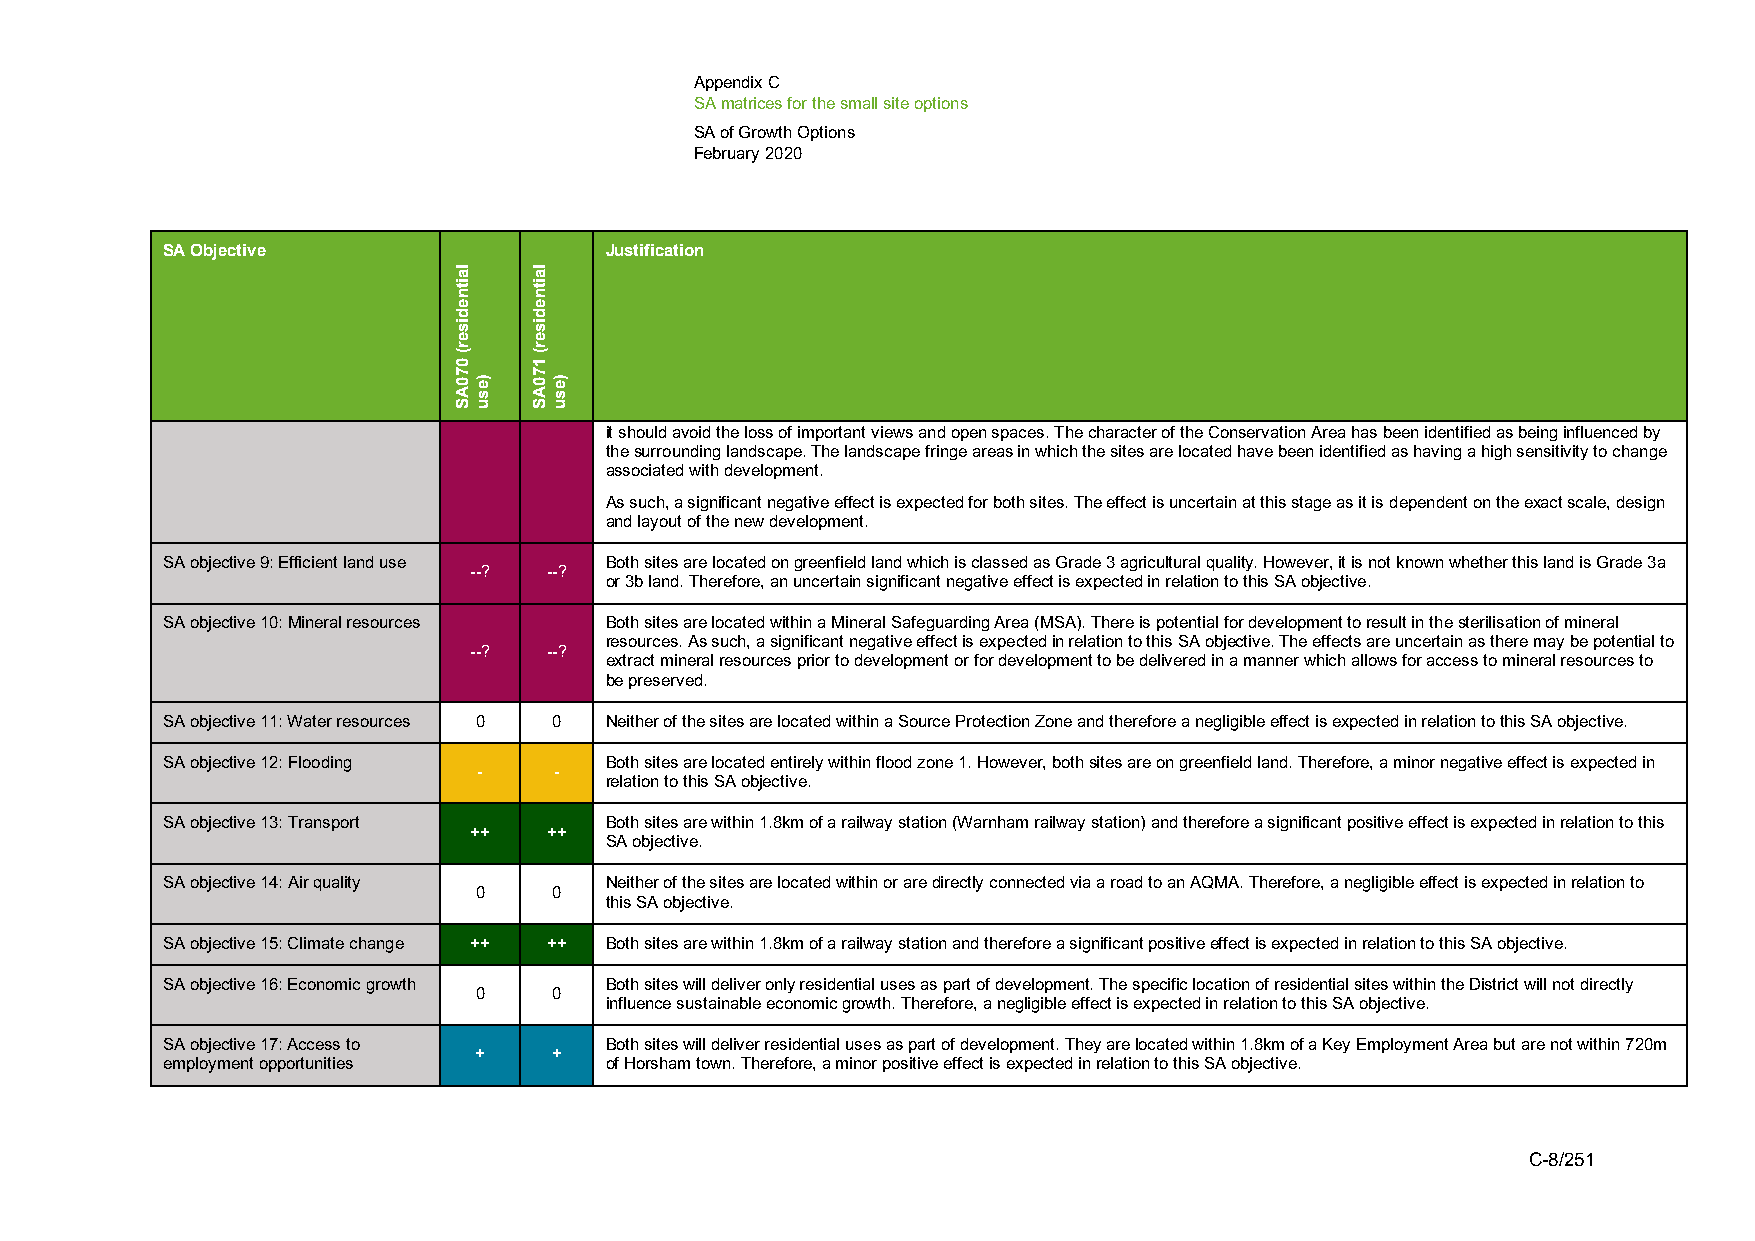
Appendix C
 SA matrices for the small site options
 SA of Growth Options
 February 2020
 SA Objective                 Justification
 it should avoid the loss of important views and open spaces. The character of the Conservation Area has been identified as being influenced by
 the surrounding landscape. The landscape fringe areas in which the sites are located have been identified as having a high sensitivity to change
 associated with development.
 As such, a significant negative effect is expected for both sites. The effect is uncertain at this stage as it is dependent on the exact scale, design
 and layout of the new development.
 SA objective 9: Efficient land use Both sites are located on greenfield land which is classed as Grade 3 agricultural quality. However, it is not known whether this land is Grade 3a
 --?  --?
 or 3b land. Therefore, an uncertain significant negative effect is expected in relation to this SA objective.
 SA objective 10: Mineral resources Both sites are located within a Mineral Safeguarding Area (MSA). There is potential for development to result in the sterilisation of mineral
 resources. As such, a significant negative effect is expected in relation to this SA objective. The effects are uncertain as there may be potential to
 --?  --?
 extract mineral resources prior to development or for development to be delivered in a manner which allows for access to mineral resources to
 be preserved.
 SA objective 11: Water resources 0 0 Neither of the sites are located within a Source Protection Zone and therefore a negligible effect is expected in relation to this SA objective.
 SA objective 12: Flooding    Both sites are located entirely within flood zone 1. However, both sites are on greenfield land. Therefore, a minor negative effect is expected in
 -    -
 relation to this SA objective.
 SA objective 13: Transport   Both sites are within 1.8km of a railway station (Warnham railway station) and therefore a significant positive effect is expected in relation to this
 ++   ++
 SA objective.
 SA objective 14: Air quality Neither of the sites are located within or are directly connected via a road to an AQMA. Therefore, a negligible effect is expected in relation to
 0     0
 this SA objective.
 SA objective 15: Climate change ++ ++ Both sites are within 1.8km of a railway station and therefore a significant positive effect is expected in relation to this SA objective.
 SA objective 16: Economic growth Both sites will deliver only residential uses as part of development. The specific location of residential sites within the District will not directly
 0     0
 influence sustainable economic growth. Therefore, a negligible effect is expected in relation to this SA objective.
 SA objective 17: Access to   Both sites will deliver residential uses as part of development. They are located within 1.8km of a Key Employment Area but are not within 720m
 +     +
 employment opportunities     of Horsham town. Therefore, a minor positive effect is expected in relation to this SA objective.
 C-8/251
 laitnediser(
 070AS
 )esu
 laitnediser(
 170AS
 )esu